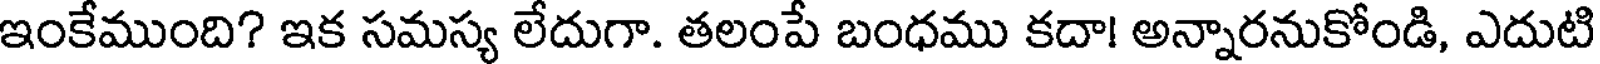
ఇంకేముంది? ఇక సమస్య లేదుగా. తలంపే బంధము కదా! అన్నారనుకోండి, ఎదుటి